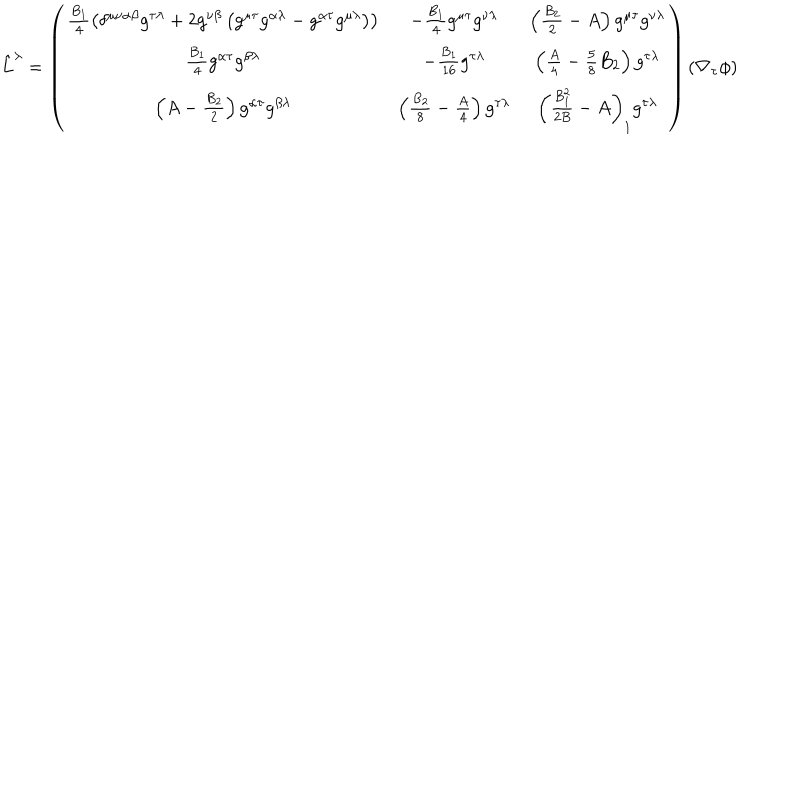
LaTeX: \hat { L } ^ { \lambda } = \left( \begin{array} { c c c } { { \frac { B _ { 1 } } { 4 } \left( \delta ^ { \mu \nu \alpha \beta } g ^ { \tau \lambda } + 2 g ^ { \nu \beta } \left( g ^ { \mu \tau } g ^ { \alpha \lambda } - g ^ { \alpha \tau } g ^ { \mu \lambda } \right) \right) } } & { { - \frac { B _ { 1 } } { 4 } g ^ { \mu \tau } g ^ { \nu \lambda } } } & { { \left( \frac { B _ { 2 } } { 2 } - A \right) g ^ { \mu \tau } g ^ { \nu \lambda } } } \\ { { \frac { B _ { 1 } } { 4 } g ^ { \alpha \tau } g ^ { \beta \lambda } } } & { { - \frac { B _ { 1 } } { 1 6 } g ^ { \tau \lambda } } } & { { \left( \frac { A } { 4 } - \frac { 5 } { 8 } B _ { 2 } \right) g ^ { \tau \lambda } } } \\ { { \left( A - \frac { B _ { 2 } } { 2 } \right) g ^ { \alpha \tau } g ^ { \beta \lambda } } } & { { \left( \frac { B _ { 2 } } { 8 } - \frac { A } { 4 } \right) g ^ { \tau \lambda } } } & { { \left( \frac { B _ { 1 } ^ { 2 } } { 2 B } - A \right) _ { 1 } g ^ { \tau \lambda } } } \\ \end{array} \right) ( \nabla _ { \tau } \phi )